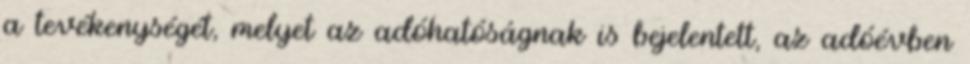
a tevékenységét, melyet az adóhatóságnak is bejelentett, az adóévben